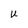
Character: U